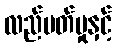
လည်ပတ်မှုနှင့်